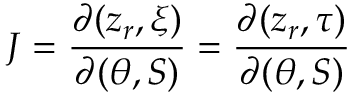
J = \frac { \partial ( z _ { r } , \xi ) } { \partial ( \theta , S ) } = \frac { \partial ( z _ { r } , \tau ) } { \partial ( \theta , S ) }